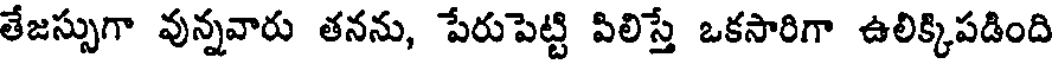
తేజస్సుగా వున్నవారు తనను, పేరుపెట్టి పిలిస్తే ఒకసారిగా ఉలిక్కిపడింది